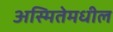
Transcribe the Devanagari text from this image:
अस्मितेमधील